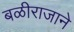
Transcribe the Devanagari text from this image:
बळीराजाने